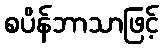
စပိန်ဘာသာဖြင့်